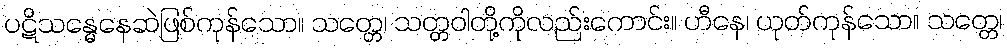
ပဋိသန္ဓေနေဆဲဖြစ်ကုန်သော။ သတ္တေ၊ သတ္တဝါတို့ကိုလည်းကောင်း။ ဟီနေ၊ ယုတ်ကုန်သော။ သတ္တေ၊